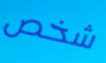
شخص